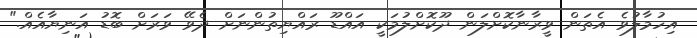
އިހުމާލުވެ އެތަން ވީރާނާކޮށްލަން ދޫކޮށްލުމަކީ އައްޑޫ ރައްޔިތުންނަށް ދެވޭ ވަރަށް ބޮޑު އަނިޔާއެއް."